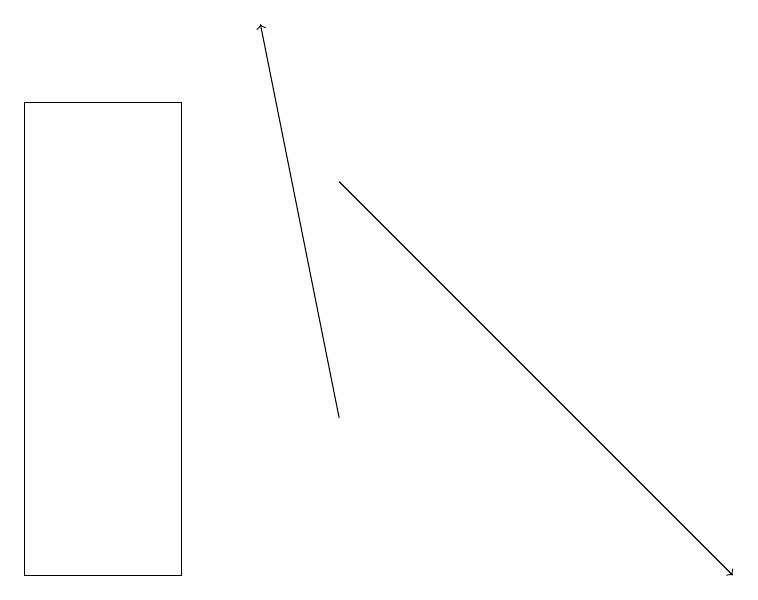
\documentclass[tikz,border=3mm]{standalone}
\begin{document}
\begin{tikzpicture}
\draw[->] (4,16) -- (9,11);
\draw[->] (4,13) -- (3,18);
\draw (0,11) rectangle (2,17);
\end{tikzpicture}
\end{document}